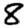
Digit: 8